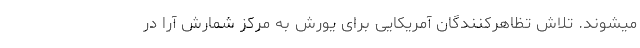
میشوند. تلاش تظاهرکنندگان آمریکایی برای یورش به مرکز شمارش آرا در